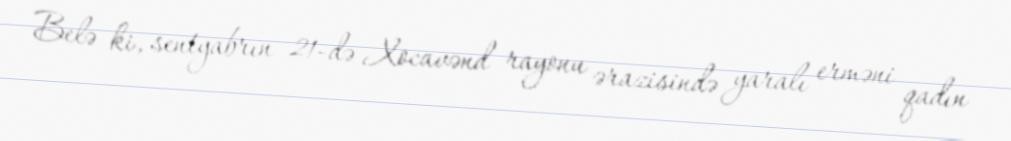
Belə ki, sentyabrın 21-də Xocavənd rayonu ərazisində yaralı erməni qadın